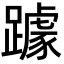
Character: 躆